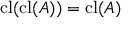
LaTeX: \operatorname { c l } ( \operatorname { c l } ( A ) ) = \operatorname { c l } ( A )